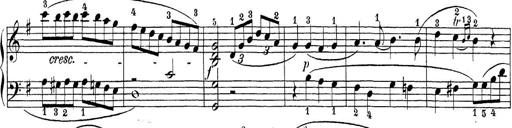
Title: Sonatina Album
Composer: Louis KÃ¶hler